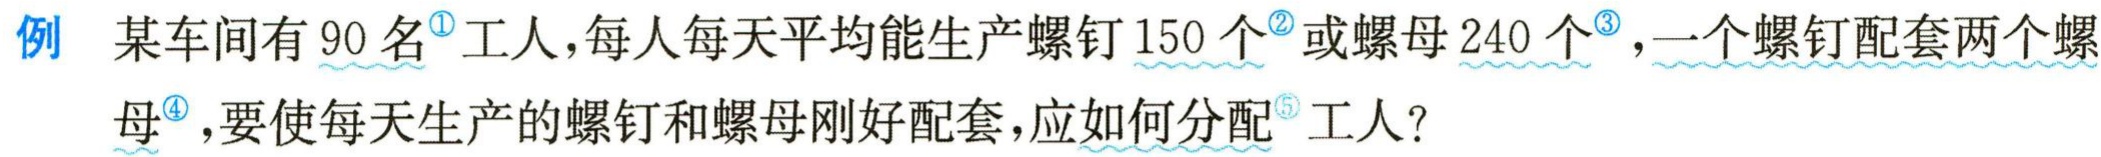
例 某车间有 90 名工人，每人每天平均能生产螺钉 150 个或螺母 240 个，一个螺钉配套两个螺母，要使每天生产的螺钉和螺母刚好配套，应如何分配工人？